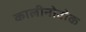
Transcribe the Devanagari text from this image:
कालीनोवोक